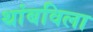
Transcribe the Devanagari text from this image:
थांबविला